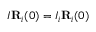
I { \bf R } _ { i } ( 0 ) = I _ { i } { \bf R } _ { i } ( 0 )